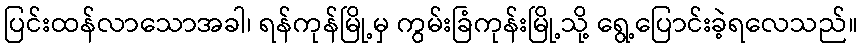
ပြင်းထန်လာသောအခါ၊ ရန်ကုန်မြို့မှ ကွမ်းခြံကုန်းမြို့သို့ ရွေ့ပြောင်းခဲ့ရလေသည်။